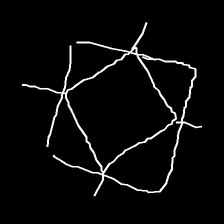
Glyph: light